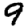
Digit: 9